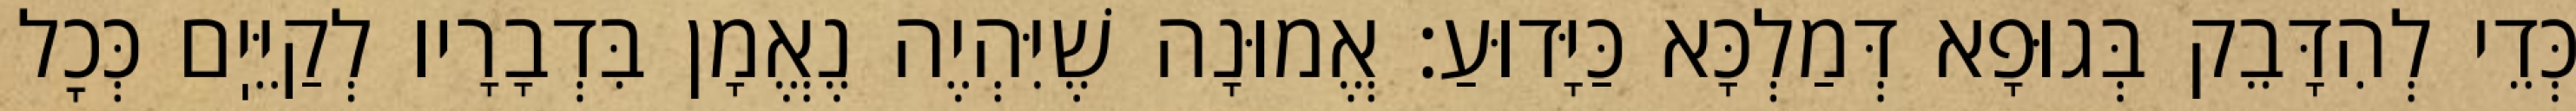
כְּדֵי לְהִדָּבֵק בְּגוּפָא דְּמַלְכָּא כַּיָּדוּעַ: אֱמוּנָה שֶׁיִּהְיֶה נֶאֱמָן בִּדְבָרָיו לְקַיֵּיֽם כְּכׇל